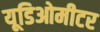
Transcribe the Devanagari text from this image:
यूडिओमीटर